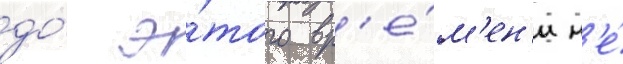
до́ э́того вр'е́м'ен'и н'е́